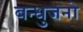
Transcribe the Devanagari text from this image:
बन्धुजनो